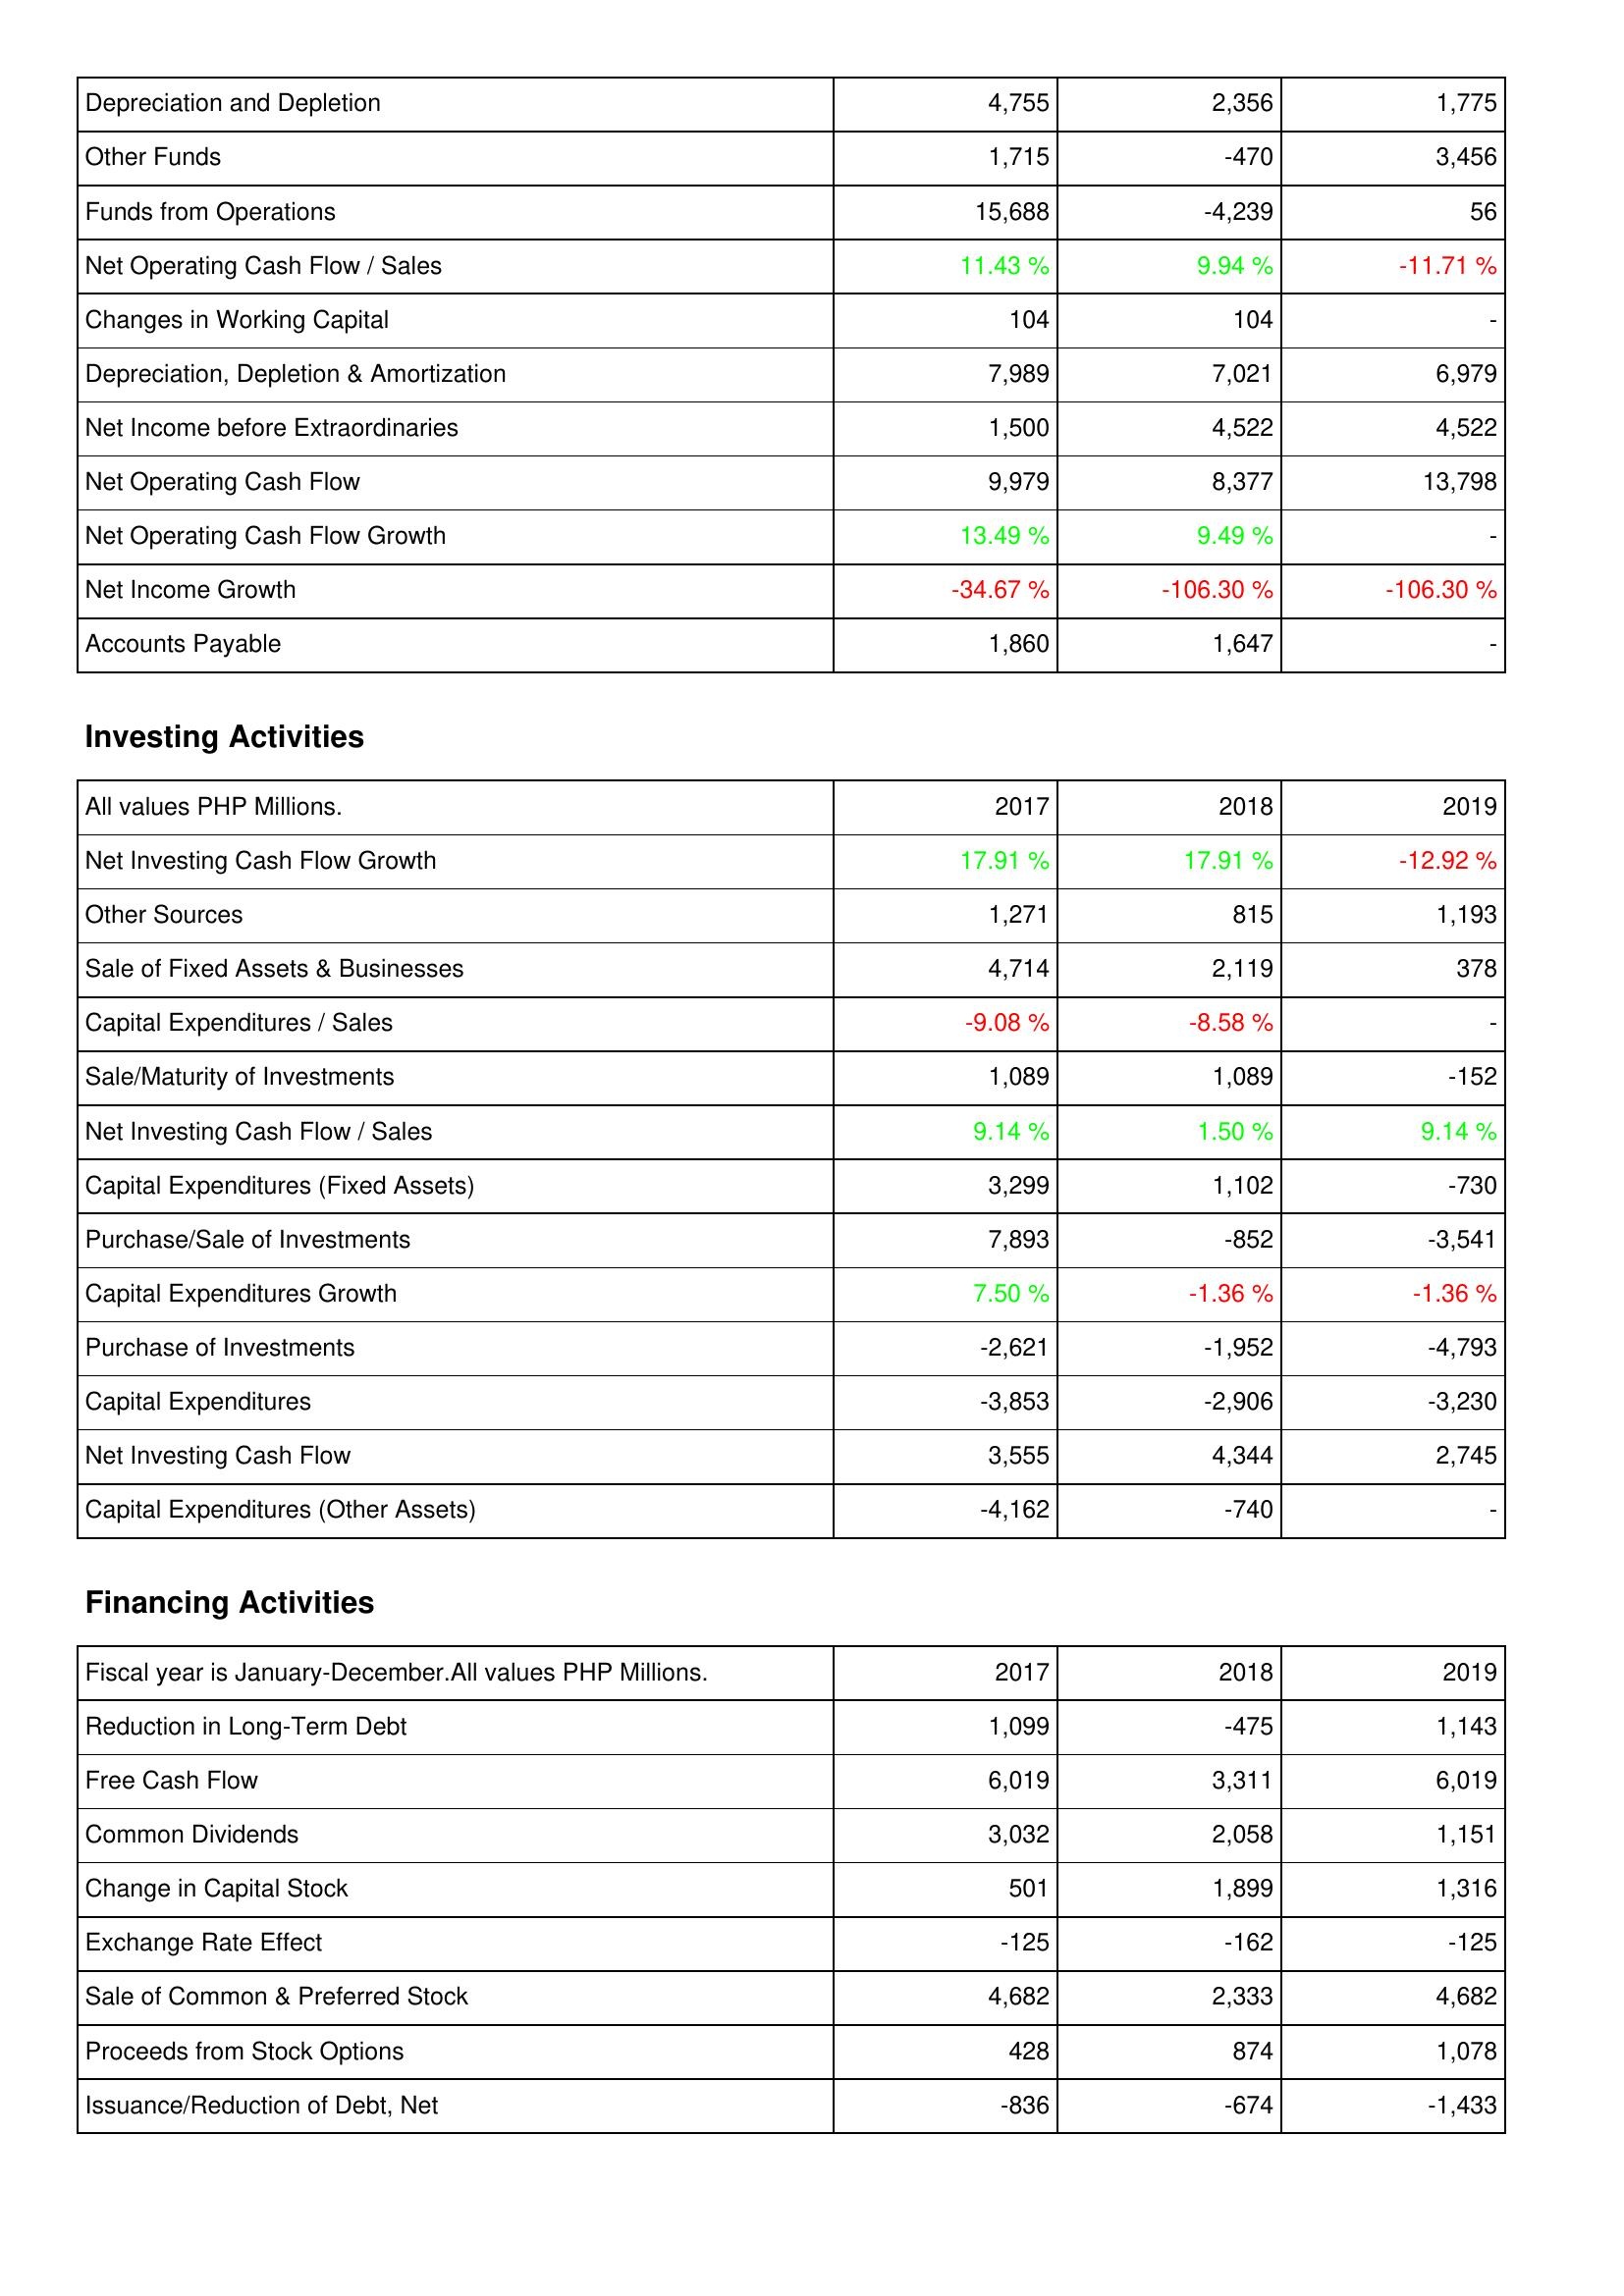
2017: Operating Activities: Depreciation and Depletion: 4,755
Other Funds: 1,715
Funds from Operations: 15,688
Net Operating Cash Flow / Sales: 11.43 %
Changes in Working Capital: 104
Depreciation, Depletion & Amortization: 7,989
Net Income before Extraordinaries: 1,500
Net Operating Cash Flow: 9,979
Net Operating Cash Flow Growth: 13.49 %
Net Income Growth: -34.67 %
Accounts Payable: 1,860
Investing Activities: Net Investing Cash Flow Growth: 17.91 %
Other Sources: 1,271
Sale of Fixed Assets & Businesses: 4,714
Capital Expenditures / Sales: -9.08 %
Sale/Maturity of Investments: 1,089
Net Investing Cash Flow / Sales: 9.14 %
Capital Expenditures (Fixed Assets): 3,299
Purchase/Sale of Investments: 7,893
Capital Expenditures Growth: 7.50 %
Purchase of Investments: -2,621
Capital Expenditures: -3,853
Net Investing Cash Flow: 3,555
Capital Expenditures (Other Assets): -4,162
Financing Activities: Reduction in Long-Term Debt: 1,099
Free Cash Flow: 6,019
Common Dividends: 3,032
Change in Capital Stock: 501
Exchange Rate Effect: -125
Sale of Common & Preferred Stock: 4,682
Proceeds from Stock Options: 428
Issuance/Reduction of Debt, Net: -836
2018: Operating Activities: Depreciation and Depletion: 2,356
Other Funds: -470
Funds from Operations: -4,239
Net Operating Cash Flow / Sales: 9.94 %
Changes in Working Capital: 104
Depreciation, Depletion & Amortization: 7,021
Net Income before Extraordinaries: 4,522
Net Operating Cash Flow: 8,377
Net Operating Cash Flow Growth: 9.49 %
Net Income Growth: -106.30 %
Accounts Payable: 1,647
Investing Activities: Net Investing Cash Flow Growth: 17.91 %
Other Sources: 815
Sale of Fixed Assets & Businesses: 2,119
Capital Expenditures / Sales: -8.58 %
Sale/Maturity of Investments: 1,089
Net Investing Cash Flow / Sales: 1.50 %
Capital Expenditures (Fixed Assets): 1,102
Purchase/Sale of Investments: -852
Capital Expenditures Growth: -1.36 %
Purchase of Investments: -1,952
Capital Expenditures: -2,906
Net Investing Cash Flow: 4,344
Capital Expenditures (Other Assets): -740
Financing Activities: Reduction in Long-Term Debt: -475
Free Cash Flow: 3,311
Common Dividends: 2,058
Change in Capital Stock: 1,899
Exchange Rate Effect: -162
Sale of Common & Preferred Stock: 2,333
Proceeds from Stock Options: 874
Issuance/Reduction of Debt, Net: -674
2019: Operating Activities: Depreciation and Depletion: 1,775
Other Funds: 3,456
Funds from Operations: 56
Net Operating Cash Flow / Sales: -11.71 %
Changes in Working Capital: -
Depreciation, Depletion & Amortization: 6,979
Net Income before Extraordinaries: 4,522
Net Operating Cash Flow: 13,798
Net Operating Cash Flow Growth: -
Net Income Growth: -106.30 %
Accounts Payable: -
Investing Activities: Net Investing Cash Flow Growth: -12.92 %
Other Sources: 1,193
Sale of Fixed Assets & Businesses: 378
Capital Expenditures / Sales: -
Sale/Maturity of Investments: -152
Net Investing Cash Flow / Sales: 9.14 %
Capital Expenditures (Fixed Assets): -730
Purchase/Sale of Investments: -3,541
Capital Expenditures Growth: -1.36 %
Purchase of Investments: -4,793
Capital Expenditures: -3,230
Net Investing Cash Flow: 2,745
Capital Expenditures (Other Assets): -
Financing Activities: Reduction in Long-Term Debt: 1,143
Free Cash Flow: 6,019
Common Dividends: 1,151
Change in Capital Stock: 1,316
Exchange Rate Effect: -125
Sale of Common & Preferred Stock: 4,682
Proceeds from Stock Options: 1,078
Issuance/Reduction of Debt, Net: -1,433